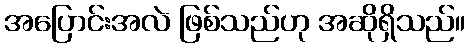
အပြောင်းအလဲ ဖြစ်သည်ဟု အဆိုရှိသည်။